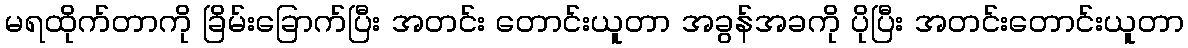
မရထိုက်တာကို ခြိမ်းခြောက်ပြီး အတင်း တောင်းယူတာ အခွန်အခကို ပိုပြီး အတင်းတောင်းယူတာ